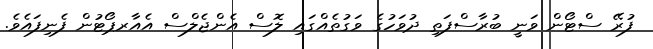
ފުރޭ ސްޓޯން ވަނީ ބުރާސްފަތި ދުވަހުގެ ވަގުތެއްގައި ލޮސް އެންޖެލްސް އެއާރޕޯޓުން ފެނިފައެވެ.